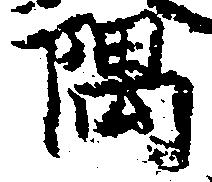
隅